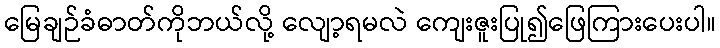
မြေချဉ်ခံဓာတ်ကိုဘယ်လို့ လျော့ရမလဲ ကျေးဇူးပြု၍ဖြေကြားပေးပါ။